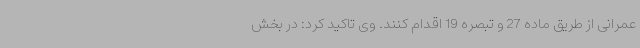
عمرانی از طریق ماده 27 و تبصره 19 اقدام کنند. وی تاکید کرد: در بخش